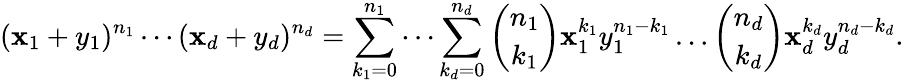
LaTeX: (\mathbf{x}_{1}+y_{1})^{n_{1}}\dotsm(\mathbf{x}_{d}+y_{d})^{n_{d}}=\sum_{k_{1}=0}^{n_{1}}\dotsm\sum_{k_{d}=0}^{n_{d}}{\binom{n_{1}}{k_{1}}}\mathbf{x}_{1}^{k_{1}}y_{1}^{n_{1}-k_{1}}\dotsc{\binom{n_{d}}{k_{d}}}\mathbf{x}_{d}^{k_{d}}y_{d}^{n_{d}-k_{d}}.